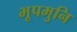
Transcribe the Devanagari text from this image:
भूपमुनि